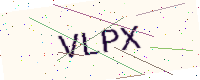
Text: VLPX